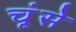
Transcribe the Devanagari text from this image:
चूंसे